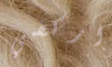
اركضي